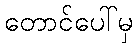
တောင်ပေါ်မှ